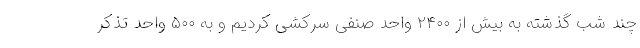
چند شب گذشته به بیش از ۲۴۰۰ واحد صنفی سرکشی کردیم و به ۵۰۰ واحد تذکر